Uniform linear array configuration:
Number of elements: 32
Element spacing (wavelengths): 0.25
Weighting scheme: binomial
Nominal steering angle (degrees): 30
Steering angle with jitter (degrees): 30.021
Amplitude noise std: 0.05
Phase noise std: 0.05

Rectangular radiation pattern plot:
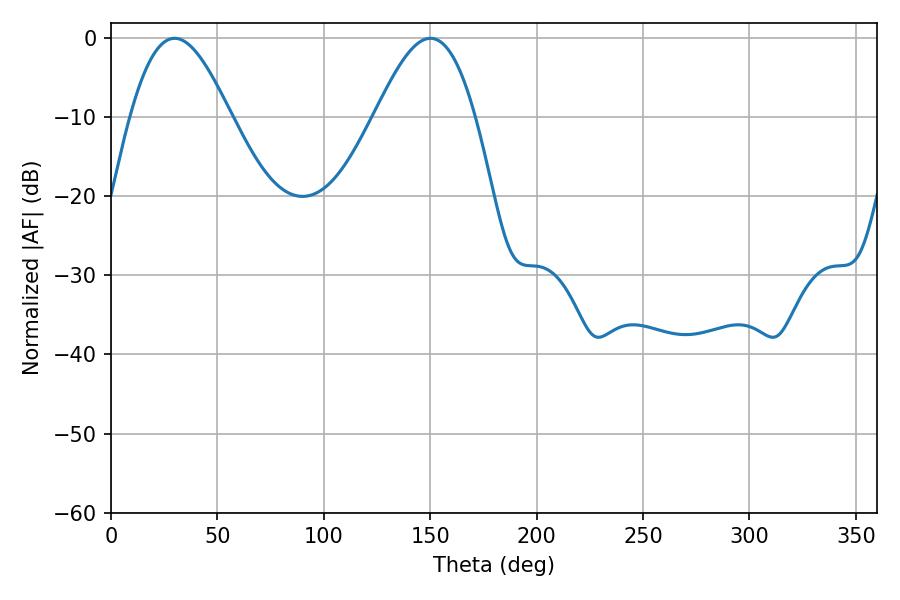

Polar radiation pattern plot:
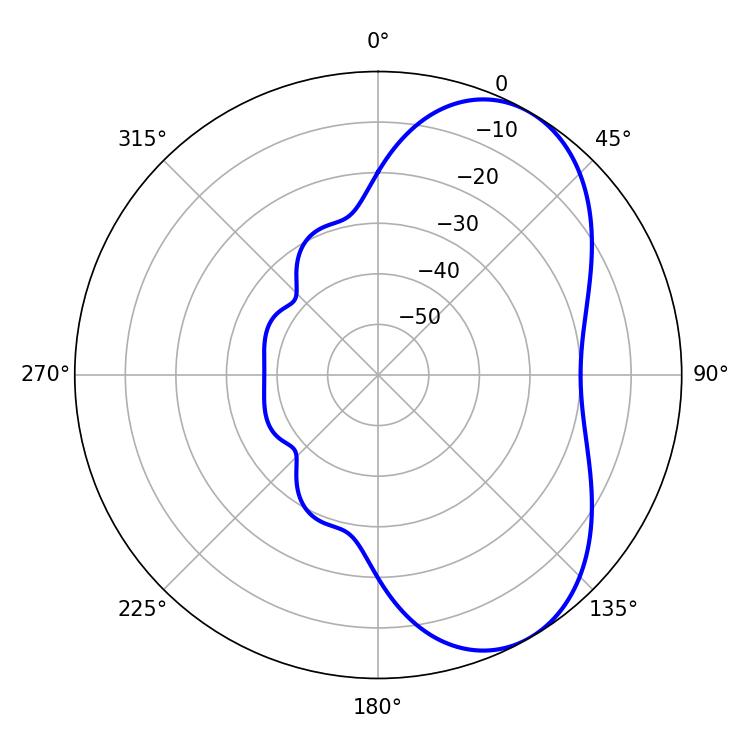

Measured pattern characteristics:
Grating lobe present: FALSE
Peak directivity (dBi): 5.929
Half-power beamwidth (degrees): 25.38
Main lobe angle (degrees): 29.88